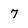
Character: 7